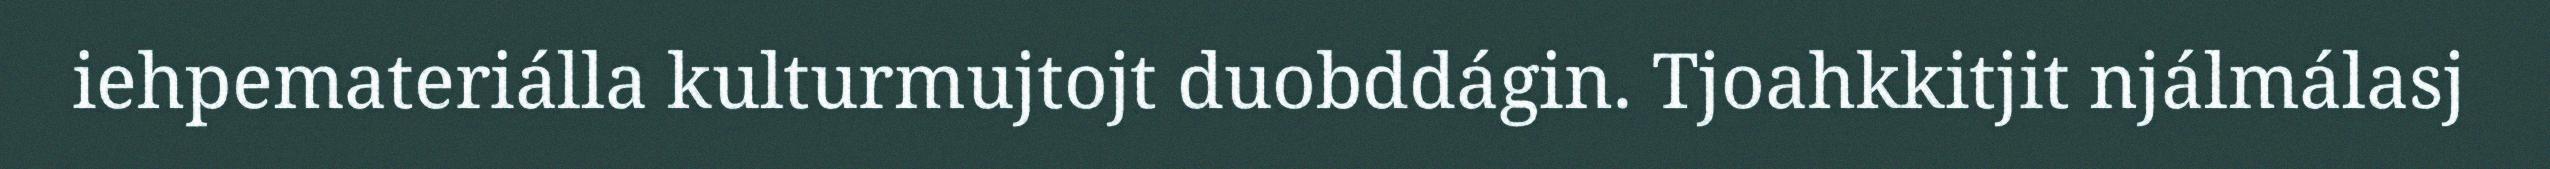
iehpemateriálla kulturmujtojt duobddágin. Tjoahkkitjit njálmálasj